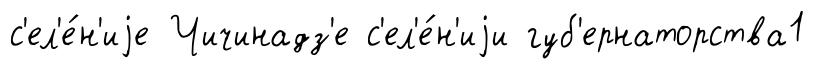
с'ел'е́н'иjе Чичинадз'е с'ел'е́н'иjи губ'ернаторства1